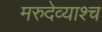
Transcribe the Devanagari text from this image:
मरुदेव्याश्च